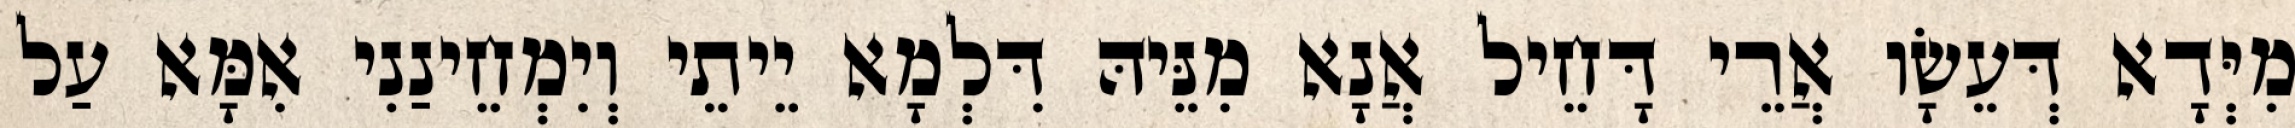
מִיְּדָא דְּעֵשָׂו אֲרֵי דָּחֵיל אֲנָא מִנֵּיהּ דִּלְמָא יֵיתֵי וְיִמְחֵינַנִי אִמָּא עַל